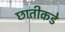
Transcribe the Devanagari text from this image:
छातीकडे